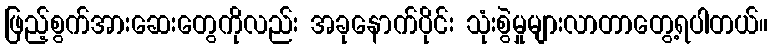
ဖြည့်စွက်အားဆေးတွေကိုလည်း အခုနောက်ပိုင်း သုံးစွဲမှုများလာတာတွေ့ရပါတယ်။